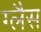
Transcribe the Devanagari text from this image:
ग्लैस